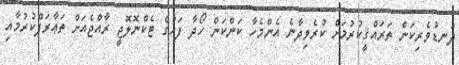
ދަނޑުވެރިކަން ތަރައްޤީކުރުމަށް ކުރެވިދާނެ އެންމެހާ ކަންކަން ހޯދާ ފަހުގެ ޓެކްނޮލޮޖީ ރާއްޖެއަށް ތަޢާރަފްކުރުމާއި